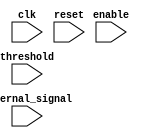
module loop_with_multiple_iterators (
    input wire clk,             // Clock signal
    input wire reset,           // Reset signal
    input wire [7:0] threshold, // Threshold value for loop iteration
    input wire enable,          // Enable signal for loop operation
    input wire [3:0] external_signal // External signal for loop control

);

reg [7:0] counter;          // Counter to track loop iterations
reg [1:0] iterator1, iterator2; // Multiple iterators for loop control

always @(posedge clk or posedge reset) begin
    if (reset) begin
        counter <= 0;
        iterator1 <= 0;
        iterator2 <= 0;
    end else if (enable) begin
        if (counter < threshold) begin
             // Behavioral statements inside the loop
              // Increment counter and iterators here
             counter <= counter + 1;
             iterator1 <= iterator1 + 1;
             iterator2 <= iterator2 + 1;
        end
    end
end

endmodule